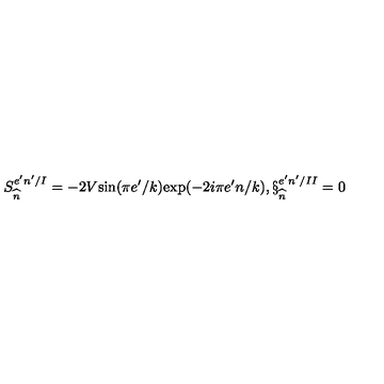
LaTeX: S _ { \widehat { n } } ^ { e ^ { \prime } n ^ { \prime } / I } = - 2 V \mathrm { s i n } ( \pi e ^ { \prime } / k ) \mathrm { e x p } ( - 2 i \pi e ^ { \prime } n / k ) , \S _ { \widehat { n } } ^ { e ^ { \prime } n ^ { \prime } / I I } = 0